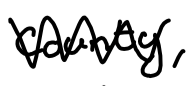
Text: county,
Cross-out: zig-zag
Writing tool: digital_black